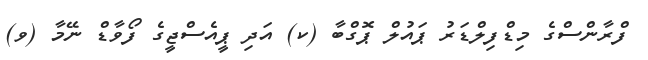
ފްރާންސްގެ މިޑްފިލްޑަރު ޕައުލް ޕޮގްބާ (ކ) އަދި ޕީއެސްޖީގެ ފޯވާޑް ނޭމާ (ވ)